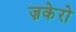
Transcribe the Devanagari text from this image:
ज़केरो